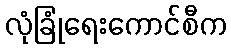
လုံခြုံရေးကောင်စီက